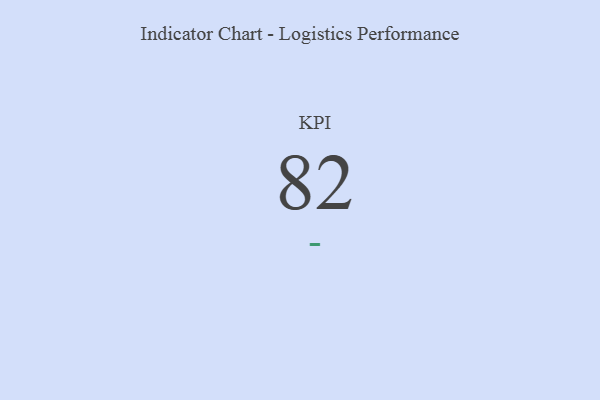
{"axis": {"x": "KPI", "y": "Value"}, "legend": [""], "data": [{"x": "KPI", "y": 82, "type": ""}]}